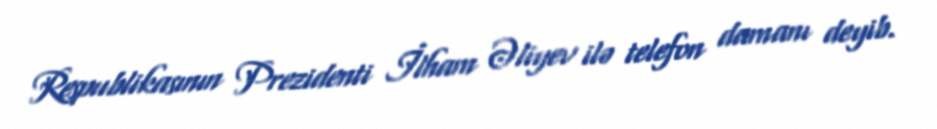
Respublikasının Prezidenti İlham Əliyev ilə telefon damanı deyib.